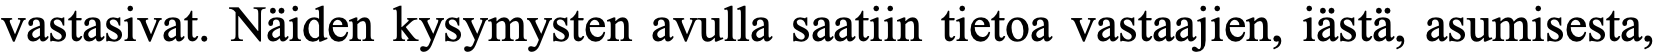
vastasivat. Näiden kysymysten avulla saatiin tietoa vastaajien, iästä, asumisesta,